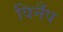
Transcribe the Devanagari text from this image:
विनँप